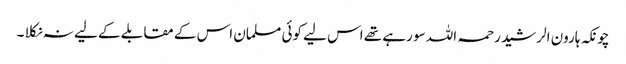
چونکہ ہارون الرشید رحمہ اللہ سو رہے تھے اس لیے کوئی مسلمان اس کے مقابلے کے لیے نہ نکلا ۔